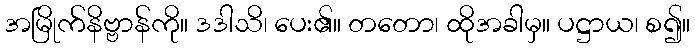
အမြိုက်နိဗ္ဗာန်ကို။ ဒဒါသိ၊ ပေး၏။ တတော၊ ထိုအခါမှ။ ပဋ္ဌာယ၊ စ၍။